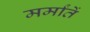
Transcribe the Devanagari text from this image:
मर्मांतें